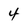
Character: 4